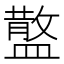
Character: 𥂪